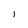
Character: l